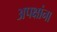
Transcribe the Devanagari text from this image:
अपक्षांना